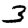
Digit: 3